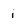
Character: i